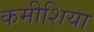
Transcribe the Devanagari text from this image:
कमीशिया